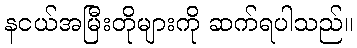
နငယ်အမြီးတိုများကို ဆက်ရပါသည်။